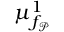
\mu _ { f _ { \mathcal P } } ^ { 1 }